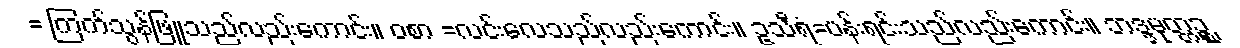
= ကြက်သွန်ဖြူသည်လည်းကောင်း။ ဝစာ =လင်းလေသည်လည်းကောင်း။ ဥသီရံ=ပန်းရင်းသည်လည်းကောင်း။ ဘဒ္ဒမုတ္တဉ္စ